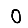
Digit: 0